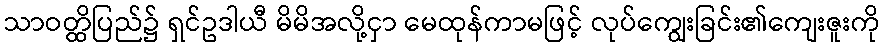
သာဝတ္ထိပြည်၌ ရှင်ဥဒါယီ မိမိအလို့ငှာ မေထုန်ကာမဖြင့် လုပ်ကျွေးခြင်း၏ကျေးဇူးကို